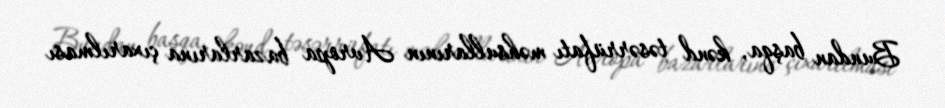
Bundan başqa, kənd təsərrüfatı məhsullarının Avropa bazarlarına çıxarılması